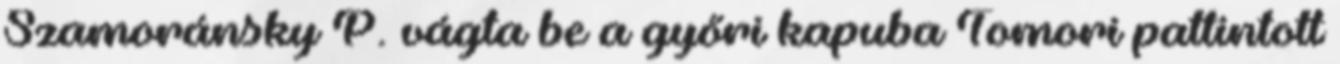
Szamoránsky P. vágta be a győri kapuba Tomori pattintott